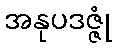
အနုပဒဇ္ဇုံ